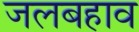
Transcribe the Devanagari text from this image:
जलबहाव